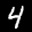
Label: 4